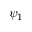
\psi _ { 1 }